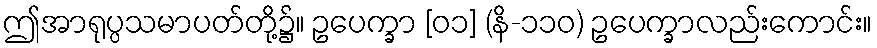
ဤအာရုပ္ပသမာပတ်တို့၌။ ဥပေက္ခာ [၀၁] (နိ-၁၁၀) ဥပေက္ခာလည်းကောင်း။